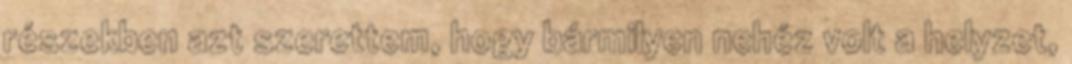
részekben azt szerettem, hogy bármilyen nehéz volt a helyzet,